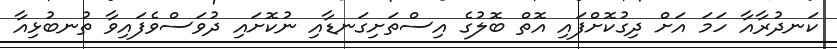
ކަނދުރާއާ ހަމަ އަށް ދިގުކޮށްފައި އޮތް ބޮލުގެ އިސްތަށިގަނޑާއި ނުކޮށައި ދުވަސްވެފައިވާ ތުނބުޅިއާ